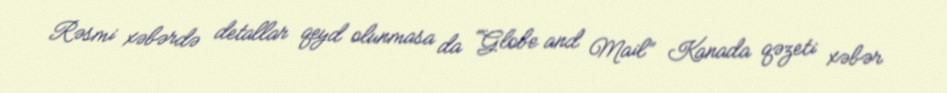
Rəsmi xəbərdə detallar qeyd olunmasa da “Globe and Mail” Kanada qəzeti xəbər